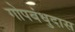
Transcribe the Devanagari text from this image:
गोपबंधुदास